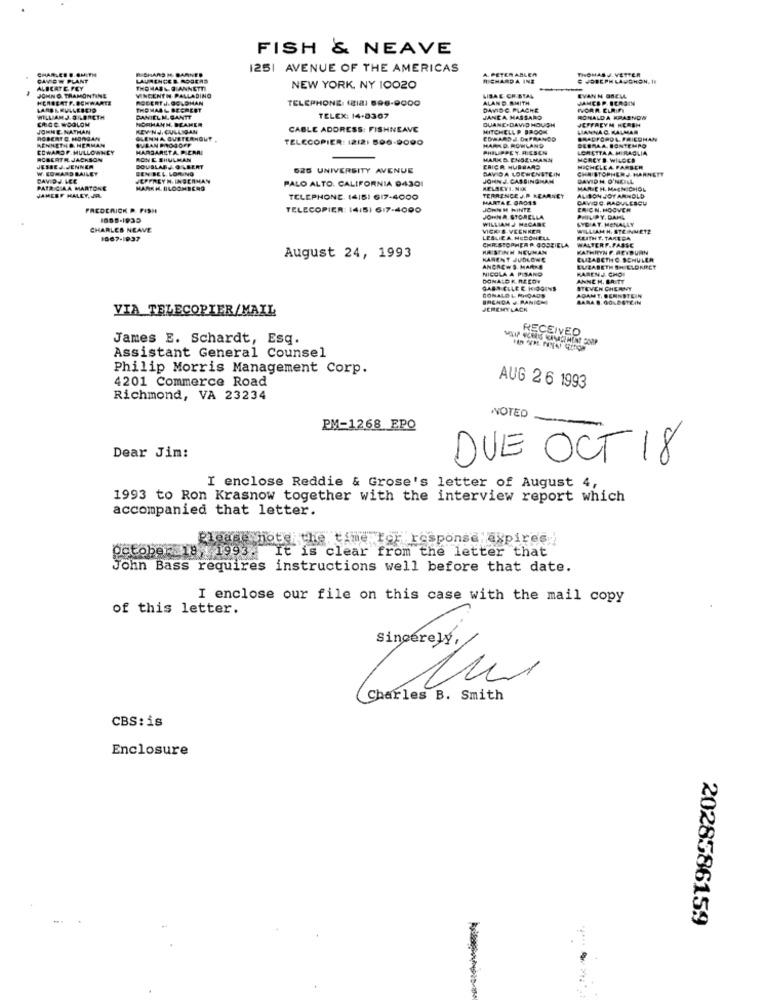
FISH & NEAVE
CHARLEE D.OMITH
SHARS M. DARNED
1251 AVENUE OF THE AMERICAS
A. PETER ABLER
THOMASJ. VETTER
CAN OW PLANT
LAURENCE & ROGERS
RICHARDA INE
ALBCATE FEY
JOHN O. TRAMONTINE
VINCENTH PALLADINO
THOMAS& @ ANNETTI
NEW YORK, NY 10020
LISAE CRISTAL
RODERT .J.GOLDMAN
TELEPHONE: (BIA1 896-0000
ALAN D.SMITH
EVANN GRELL
JANCEP. SCROIM
LARS NEVILLECID
THOMASL RECREST
DAVID C. PLACHE
WILLIAMJ. BILERCTH
CHOC WOOLOM
NORMANN. BEAMER
BANIELM. GANTT
TELEX: 14-0307
JANCA MASSARO
DUANE.DAVID HOUGH
RONALD A KRASNOW
JEFFREYM HERSH
JOHNE NATHAN
KEY NJ, CULLIGAN
CABLE ADORESS: FISHNEAVE
MITCHELLP BROCH
LIANNAC RALMAR
ROBERT C. HORGAN
GLENNA QUETERHOUT
TELECOPIER: 1212: 596-9090
EDWARD J DEFRANGO
HARD. ROWLAND
DEBRAA BONTEMPO
BRADFORDL. FRIEDMAN
RENNETHD HERMAN
COWAROF MULLOWNEY
MARGARETA PICARI
PHILIPPE Y. RIESEN
LORETTAA. MIRAGLIA
ROBERTR JACKSON
RONE SHULMAN
MARKD. ENGELMANN
HORCY & WILDES
JESSEJ.JENNER
W. EDWARD BAILEY
SOUSLADJ O LEERT
JEN BEL. LORING
626 UNIVERSITY AVENUE
ERICA HUBBARD
DAVIDA LOCWENSTEIN
MICHELEA FARBEN
CHRISTOPHERJ HARNETT
DAVID J ICE
JEFFREYHINSERMAN
PALO ALTO, CALIFORNIA 94301
JOHN J. CASSINGHAM
DAVIDH O'NEILL
PATRICIAA MARTONE
JAMESF HALEY, JR.
MARK H. BLOOMBERG
HELSEYI. NOK
MARIEN. MACHICHOL
TELEPHONE. 1415: 617-4000
MARTAE GROSS
TERRENCE J.P KEARNEY
ALISON JOY ARNOLD
CAVIDE. RADULESCU
PREOCRICK P. FISH
TELECOPIER: 14/51 617-4000
JOHN M HINTE
CAICN. HOOVER
JOHN A. STORELLA
WILLIAM J MACARE
LYDIAT. MENALLY
PHILIPY, DAME
CHARLES NEAVE
VICK & VEENKER
WILLIAMH. STEINMETZ
1867-1937
LESLIEA NEBONELL
CHRISTOPHER P. GOSTIELA
WALTERP.FASSE
KEITH T. TAREDA
HASTINN NEUMAN
KATHRYN F.REYBURN
August 24, 1993
HARENT JUDLOWE
ELIZABETHO SCHULER
ANDREWS MARKE
NICOLA A PISAND
HARENJ. CHOD
EUZABETH SH ELDREET
DONALD K.ARCOT
ANNEM. BAITT
GAGN ELLER. HIGGINS
STEVEN CHERNY
BONALOL RHOADS
BRENDA & PANIC-
ADAMT, BERNSTEIN
VIA TELECOPIER/MAIL
JEREMYLACK
RECEIVED
James E. Schardt, Esq.
Assistant General Counsel
Philip Morris Management Corp.
4201 Commerce Road
AUG 26 1993
Richmond, VA 23234
NOTED
PM-1268 EPO
Dear Jim:
DUE OCT 18
I enclose Reddie & Grose's letter of August 4,
1993 to Ron Krasnow together with the interview report which
accompanied that letter.
Please note the time For response expires
october 18 : 1993 . It is clear from the letter that
John Bass requires instructions well before that date.
I enclose our file on this case with the mail copy
of this letter.
sincerely ,
N
Charles B. Smith
CBS: is
Enclosure
2028586159